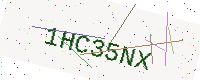
Text: 1HC35NX